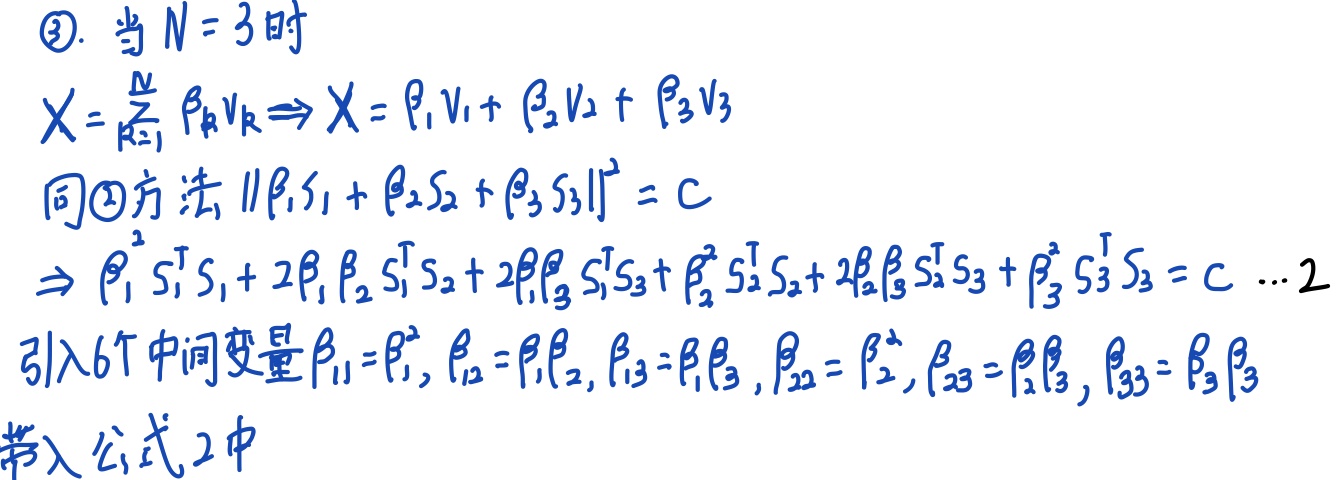
\(\textcircled{3}\). 当 \(N = 3\) 时
\[
X=\sum_{k = 1}^{N}\beta_{k}V_{k}\Rightarrow X=\beta_{1}V_{1}+\beta_{2}V_{2}+\beta_{3}V_{3}
\]
同\(\textcircled{2}\)方法
\[
\lVert\beta_{1}S_{1}+\beta_{2}S_{2}+\beta_{3}S_{3}\rVert^{2}=C
\]
\[
\Rightarrow\beta_{1}^{2}S_{1}^{\mathrm{T}}S_{1}+2\beta_{1}\beta_{2}S_{1}^{\mathrm{T}}S_{2}+2\beta_{1}\beta_{3}S_{1}^{\mathrm{T}}S_{3}+\beta_{2}^{2}S_{2}^{\mathrm{T}}S_{2}+2\beta_{2}\beta_{3}S_{2}^{\mathrm{T}}S_{3}+\beta_{3}^{2}S_{3}^{\mathrm{T}}S_{3}=C\ \dots2
\]
引入6个中间变量 \(\beta_{11}=\beta_{1}^{2},\beta_{12}=\beta_{1}\beta_{2},\beta_{13}=\beta_{1}\beta_{3},\beta_{22}=\beta_{2}^{2},\beta_{23}=\beta_{2}\beta_{3},\beta_{33}=\beta_{3}\beta_{3}\)带入公式2中